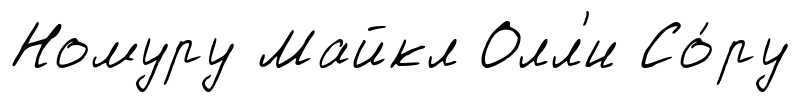
Номуру Майкл Олл'и Со́ру